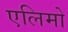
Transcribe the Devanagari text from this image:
एलिमो